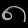
Digit: ၈